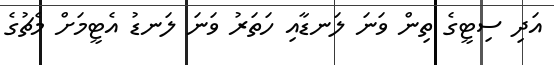
އަދި ސިޓީގެ ތިން ވަނަ ލަނޑާއި ހަތަރު ވަނަ ލަނޑު އެޓީމަށް މެޗުގެ